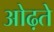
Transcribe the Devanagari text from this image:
ओढ़ते